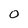
Character: 0